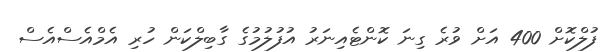
ފުލްކޮށް 400 އަށް ވުރެ ގިނަ ކޮންޓެއިނަރު އުފުލުމުގެ ގާބިލްކަން ހުރި އެމްއެސްއެސް